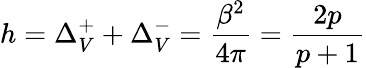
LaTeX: h=\Delta_{V}^{+}+\Delta_{V}^{-}=\displaystyle\frac{\beta^{2}}{4\pi}=\displaystyle\frac{2p}{p+1}